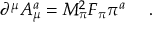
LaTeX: \partial ^ { \mu } A _ { \mu } ^ { a } = M _ { \pi } ^ { 2 } F _ { \pi } \pi ^ { a } ~ \quad .